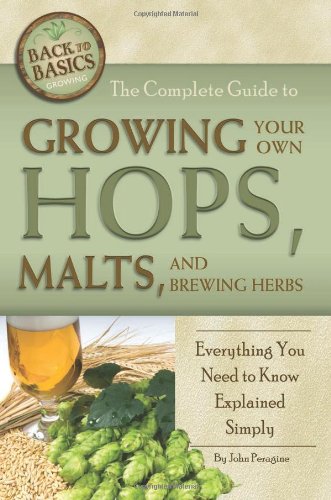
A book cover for The Complete Guide to Growing Your Own Hops, Malts, and Brewing Herbs: Everything You Need to Know Explained Simply (Back-To-Basics) (Back to Basics Growing); John N Peragine; Cookbooks, Food & Wine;